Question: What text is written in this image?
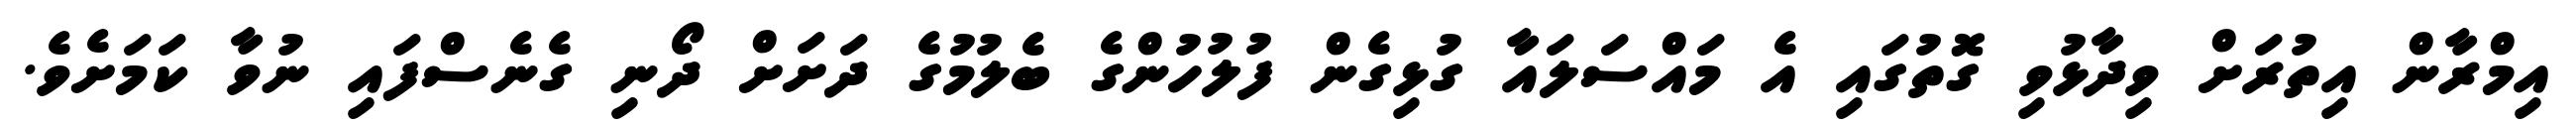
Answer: އިމްރާން އިތުރަށް ވިދާޅުވި ގޮތުގައި އެ މައްސަލައާ ގުޅިގެން ފުލުހުންގެ ބެލުމުގެ ދަށަށް ދޯނި ގެނެސްފައި ނުވާ ކަމަށެވެ.